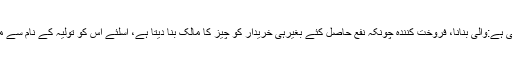
تولیہ کا لغوی معنی ہے:والی بنانا، فروخت کنندہ چونکہ نفع حاصل کئے بغیرہی خریدار کو چیز کا مالک بنا دیتا ہے، اسلئے اس کو تولیہ کے نام سے موسوم کرتے ہیں ۔